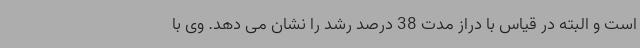
است و البته در قیاس با دراز مدت 38 درصد رشد را نشان می دهد. وی با